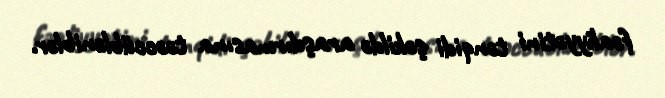
fəaliyyətini tənqidi şəkildə araşdırmasına təəccübləniblər.